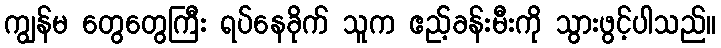
ကျွန်မ တွေတွေကြီး ရပ်နေခိုက် သူက ဧည့်ခန်းမီးကို သွားဖွင့်ပါသည်။